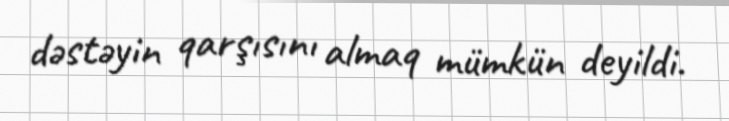
dəstəyin qarşısını almaq mümkün deyildi.